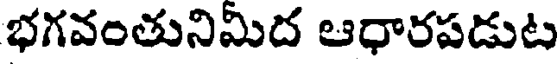
భగవంతునిమిద ఆధారపడుట